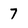
Character: 7